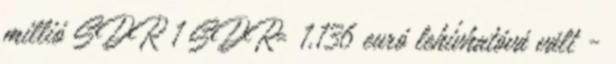
millió SDR 1 SDR= 1,136 euró lehívhatóvá vált -